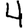
Digit: 4